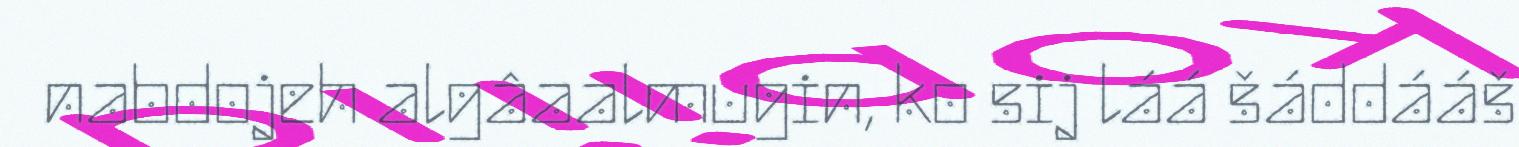
nabdojeh algâaalmugin, ko sij láá šáddááš